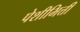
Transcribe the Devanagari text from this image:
पेशीभित्ती